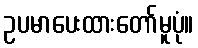
ဥပမာပေးထားတော်မူပုံ။